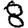
Digit: 8